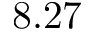
8 . 2 7